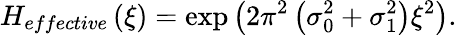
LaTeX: H_{effective}\left(\xi\right)=\exp\left(2\pi^{2}\left(\sigma_{0}^{2}+\sigma_{1}^{2}\right)\xi^{2}\right).